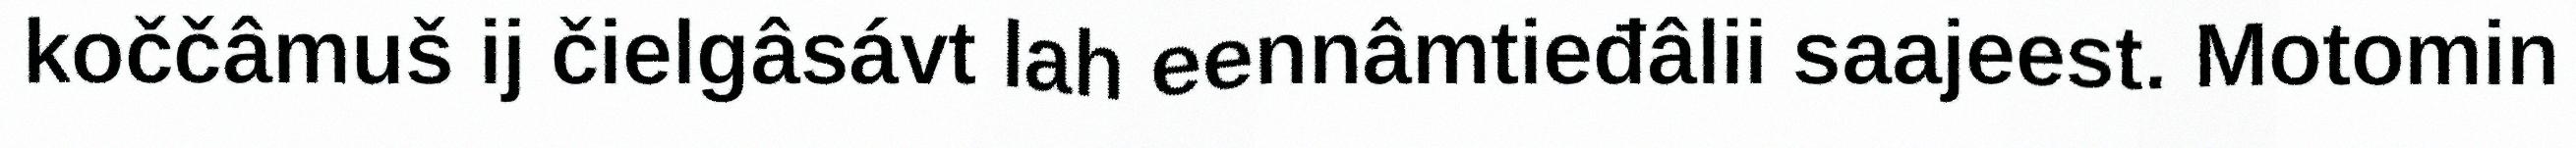
koččâmuš ij čielgâsávt lah eennâmtieđâlii saajeest. Motomin